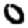
Digit: 0